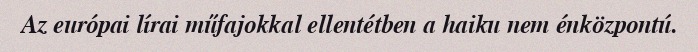
Az európai lírai műfajokkal ellentétben a haiku nem énközpontú.